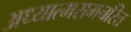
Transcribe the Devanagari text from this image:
अध्यात्मरामचरित